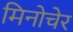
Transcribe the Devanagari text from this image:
मिनोचेर